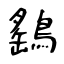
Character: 鷂